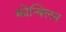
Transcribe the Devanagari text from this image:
कोन्क्लिन